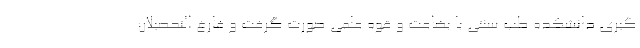
گیری دانشکده طب سنتی با بضاعت و قوه علمی صورت گرفت و فارغ التحصیلان